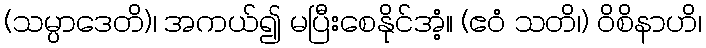
(သမ္ပာဒေတိ)၊ အကယ်၍ မပြီးစေနိုင်အံ့။ (ဧဝံ သတိ၊) ဝိစိနာဟိ၊